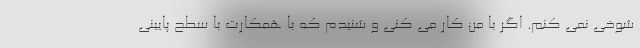
شوخی نمی کنم. اگر با من کار می کنی و شنیدم که با همکارت با سطح پایینی